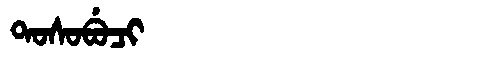
Manchu: ᡨᠣᠰᠣᠪᡠᠴᡳ
Romanization: TOSOBUCI